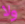
ولا